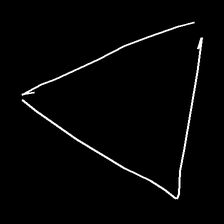
Glyph: convergence